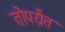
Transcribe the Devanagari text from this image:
तोपर्य़ंत